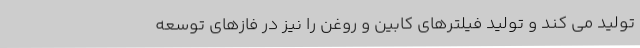
تولید می کند و تولید فیلترهای کابین و روغن را نیز در فازهای توسعه